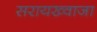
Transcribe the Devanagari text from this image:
सरायख्वाजा